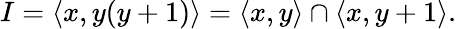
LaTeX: I=\langle x,y(y+1)\rangle=\langle x,y\rangle\cap\langle x,y+1\rangle.